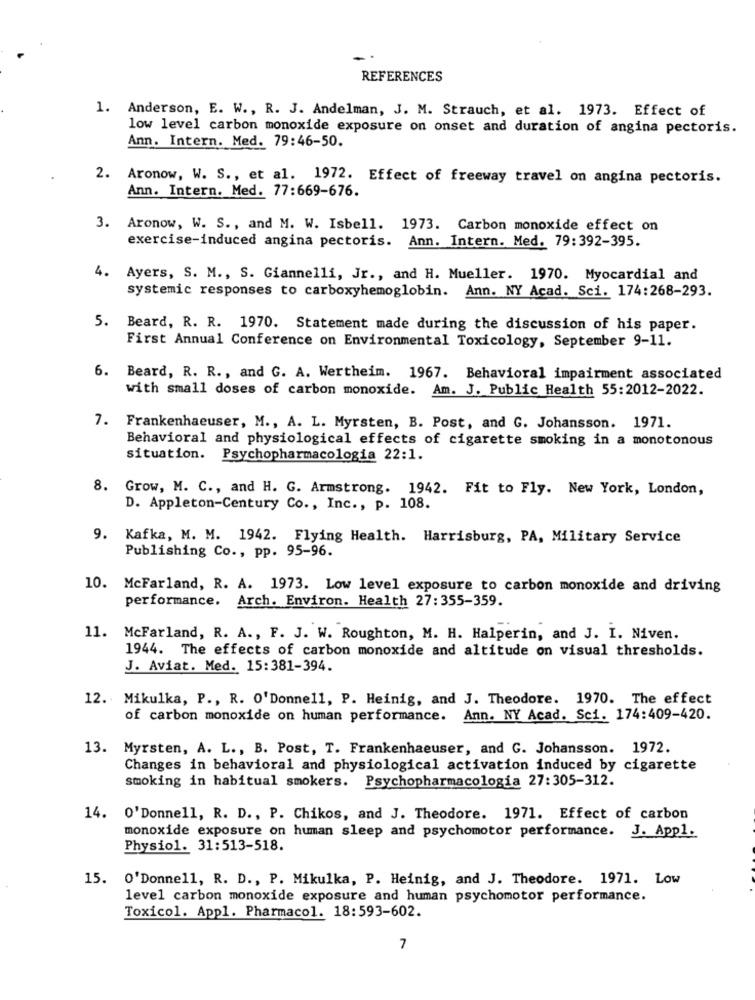
REFERENCES
1. Anderson, E. W ., R. J. Andelman, J. M. Strauch, et al. 1973. Effect of
low level carbon monoxide exposure on onset and duration of angina pectoris.
Ann. Intern. Med. 79:46-50.
2. Aronow, W. S ., et al. 1972. Effect of freeway travel on angina pectoris.
Ann. Intern. Med. 77:669-676.
3. Aronow, W. S ., and M. W. Isbell. 1973. Carbon monoxide effect on
exercise-induced angina pectoris. Ann. Intern. Med. 79:392-395.
4.
Ayers, S. M ., S. Giannelli, Jr ., and H. Mueller. 1970. Myocardial and
systemic responses to carboxyhemoglobin. Ann. NY Acad. Sci. 174:268-293.
5. Beard, R. R. 1970. Statement made during the discussion of his paper.
First Annual Conference on Environmental Toxicology, September 9-11.
6. Beard, R. R ., and G. A. Wertheim. 1967. Behavioral impairment associated
with small doses of carbon monoxide. Am. J. Public Health 55:2012-2022.
7. Frankenhaeuser, M ., A. L. Myrsten, B. Post, and G. Johansson. 1971.
Behavioral and physiological effects of cigarette smoking in a monotonous
situation. Psychopharmacologia 22:1.
8. Grow, M. C ., and H. G. Armstrong. 1942. Fit to Fly. New York, London,
D. Appleton-Century Co ., Inc ., p. 108.
9. Kafka, M. M. 1942. Flying Health. Harrisburg, PA, Military Service
Publishing Co ., pp. 95-96.
10. McFarland, R. A. 1973. Low level exposure to carbon monoxide and driving
performance. Arch. Environ. Health 27:355-359.
11. McFarland, R. A ., F. J. W. Roughton, M. H. Halperin, and J. I. Niven.
1944. The effects of carbon monoxide and altitude on visual thresholds.
J. Aviat. Med. 15:381-394.
12. Mikulka, P ., R. O'Donnell, P. Heinig, and J. Theodore. 1970. The effect
of carbon monoxide on human performance. Ann. NY Acad. Sci. 174:409-420.
13. Myrsten, A. L ., B. Post, T. Frankenhaeuser, and G. Johansson. 1972.
Changes in behavioral and physiological activation induced by cigarette
smoking in habitual smokers. Psychopharmacologia 27:305-312.
14. 0'Donnell, R. D ., P. Chikos, and J. Theodore. 1971. Effect of carbon
monoxide exposure on human sleep and psychomotor performance. J. Appl.
Physiol. 31:513-518.
15.
O'Donnell, R. D ., P. Mikulka, P. Heinig, and J. Theodore. 1971. Low
level carbon monoxide exposure and human psychomotor performance.
Toxicol. Appl. Pharmacol. 18:593-602.
7